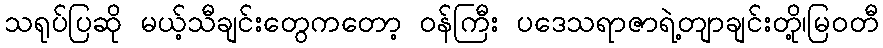
သရုပ်ပြဆို မယ့်သီချင်းတွေကတော့ ဝန်ကြီး ပဒေသရာဇာရဲ့တျာချင်းတို့၊မြဝတီ